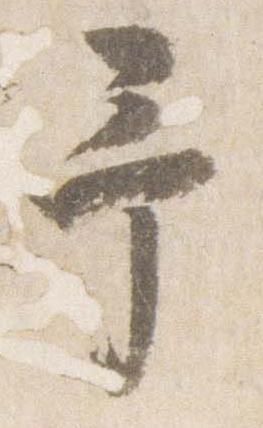
予